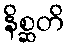
နိစ္ဆတိ